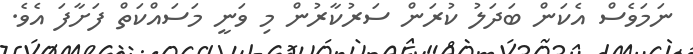
ނަމަވެސް އެކަން ބަދަލު ކުރަން ސަރުކާރުން މި ވަނީ މަސައްކަތް ފަށާފަ އެވެ.